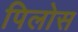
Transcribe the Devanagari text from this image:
पिलोस